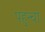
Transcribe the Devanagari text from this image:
पहुन्चा